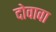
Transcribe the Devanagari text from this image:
दोवावा